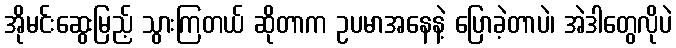
အိုမင်းဆွေးမြည့် သွားကြတယ် ဆိုတာက ဥပမာအနေနဲ့ ပြောခဲ့တာပဲ၊ အဲဒါတွေလိုပဲ